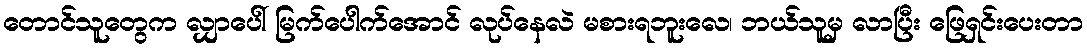
တောင်သူတွေက လျှာပေါ် မြက်ပေါက်အောင် လုပ်နေလဲ မစားရဘူးလေ၊ ဘယ်သူမှ လာပြီး ဖြေရှင်းပေးတာ